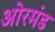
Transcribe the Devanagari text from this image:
ओरमंड